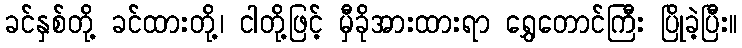
ခင်နှစ်တို့ ခင်ထားတို့၊ ငါတို့ဖြင့် မှီခိုအားထားရာ ရွှေတောင်ကြီး ပြိုခဲ့ပြီး။